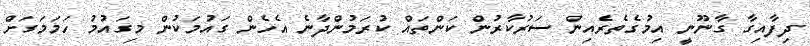
ދިފާއިގާ ގާނޫނީ އިމުގެތެރެއިން ސަރުކާރުން ކަންތައް ކުރަމުންދާނެ އެހެން ގައުމަކުން މިގައުމު ހަމަމަގަށް